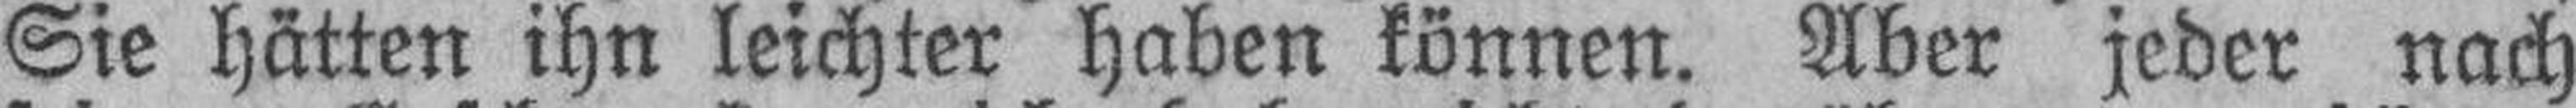
Sie hätten ihn leichter haben können. Aber jeder nach